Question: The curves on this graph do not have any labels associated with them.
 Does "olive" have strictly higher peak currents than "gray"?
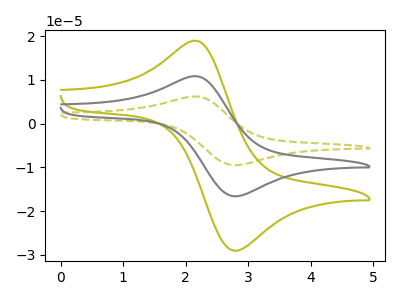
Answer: <think>The olive dashed curve "olive dashed" has an anodic peak at (2.20V, 21.55uA) and a cathodic peak at (2.80V, -33.25uA). The olive curve "olive" has an anodic peak at (2.20V, 18.85uA) and a cathodic peak at (2.80V, -29.10uA). The gray curve "gray" has an anodic peak at (2.20V, 10.75uA) and a cathodic peak at (2.80V, -16.65uA).</think>
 <answer>Every peak in "olive" is higher than every peak in "gray".</answer>
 <eval>higher</eval>